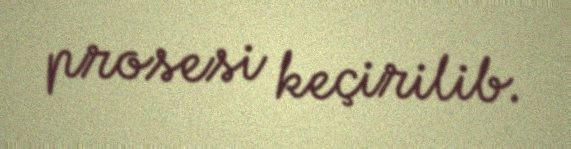
prosesi keçirilib.